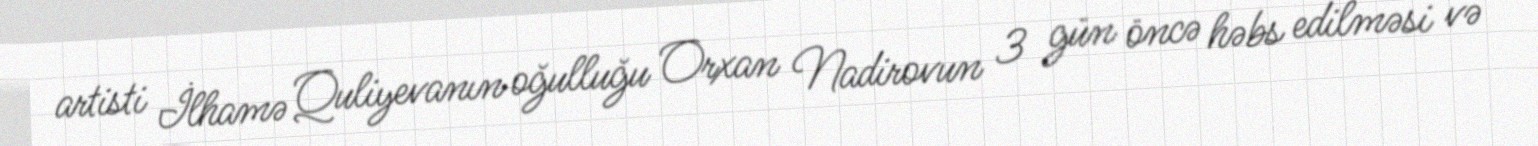
artisti İlhamə Quliyevanın oğulluğu Orxan Nadirovun 3 gün öncə həbs edilməsi və